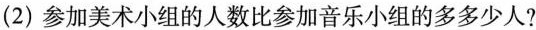
(2) 参加美术小组的人数比参加音乐小组的多多少人?